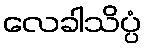
လေခါသိပ္ပံ